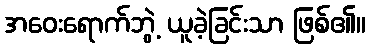
အဝေးရောက်ဘွဲ့ ယူခဲ့ခြင်းသာ ဖြစ်၏။